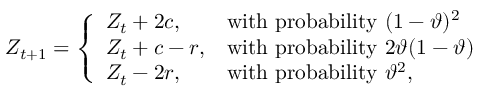
Z _ { t + 1 } = \left\{ \begin{array} { l l } { Z _ { t } + 2 c , \quad } & { \mathrm { w i t h ~ p r o b a b i l i t y ~ } ( 1 - \vartheta ) ^ { 2 } } \\ { Z _ { t } + c - r , } & { \mathrm { w i t h ~ p r o b a b i l i t y ~ } 2 \vartheta ( 1 - \vartheta ) } \\ { Z _ { t } - 2 r , } & { \mathrm { w i t h ~ p r o b a b i l i t y ~ } \vartheta ^ { 2 } , } \end{array} \right.